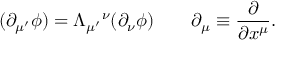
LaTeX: ( \partial _ { \mu ^ { \prime } } \phi ) = \Lambda _ { \mu ^ { \prime } } { } ^ { \nu } ( \partial _ { \nu } \phi ) \qquad \partial _ { \mu } \equiv { \frac { \partial } { \partial x ^ { \mu } } } .